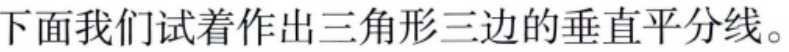
下面我们试着作出三角形三边的垂直平分线。